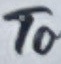
To